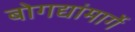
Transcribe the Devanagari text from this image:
बोगद्यांमार्गे